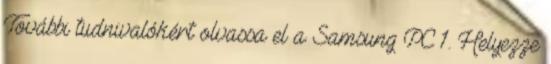
További tudnivalókért olvassa el a Samsung PC 1. Helyezze